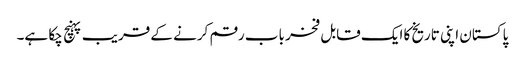
پاکستان اپنی تاریخ کا ایک قابل فخر باب رقم کرنے کے قریب پہنچ چکا ہے۔